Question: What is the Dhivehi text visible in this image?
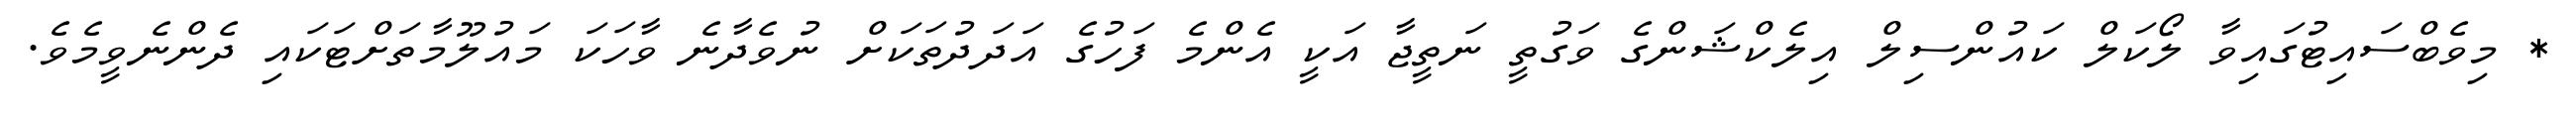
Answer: * މިވެބްސައިޓުގައިވާ ލޯކަލް ކައުންސިލް އިލެކްޝަންގެ ވަގުތީ ނަތީޖާ އަކީ އެންމެ ފަހުގެ އަދަދުތަކަށް ނުވެދާނެ ވާހަކަ މައުލޫމާތަށްޓަކައި ދެންނެވީމެވެ.